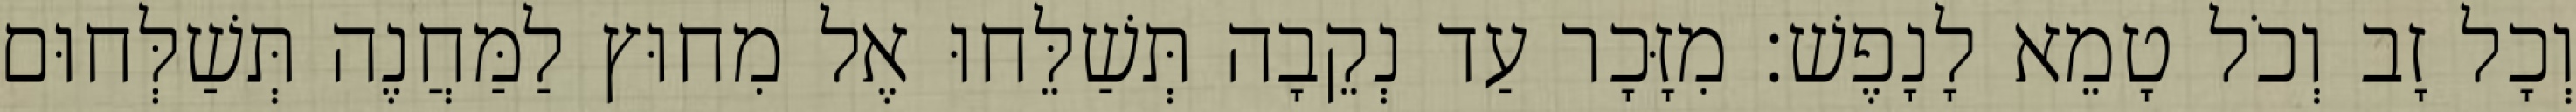
וְכָל זָב וְכֹל טָמֵא לָנָפֶשׁ׃ מִזָּכָר עַד נְקֵבָה תְּשַׁלֵּחוּ אֶל מִחוּץ לַמַּחֲנֶה תְּשַׁלְּחוּם